18_100754_ General 1946-7_Vol_2
Agency: Department of War
Incident date: 12/30/47
Page 7
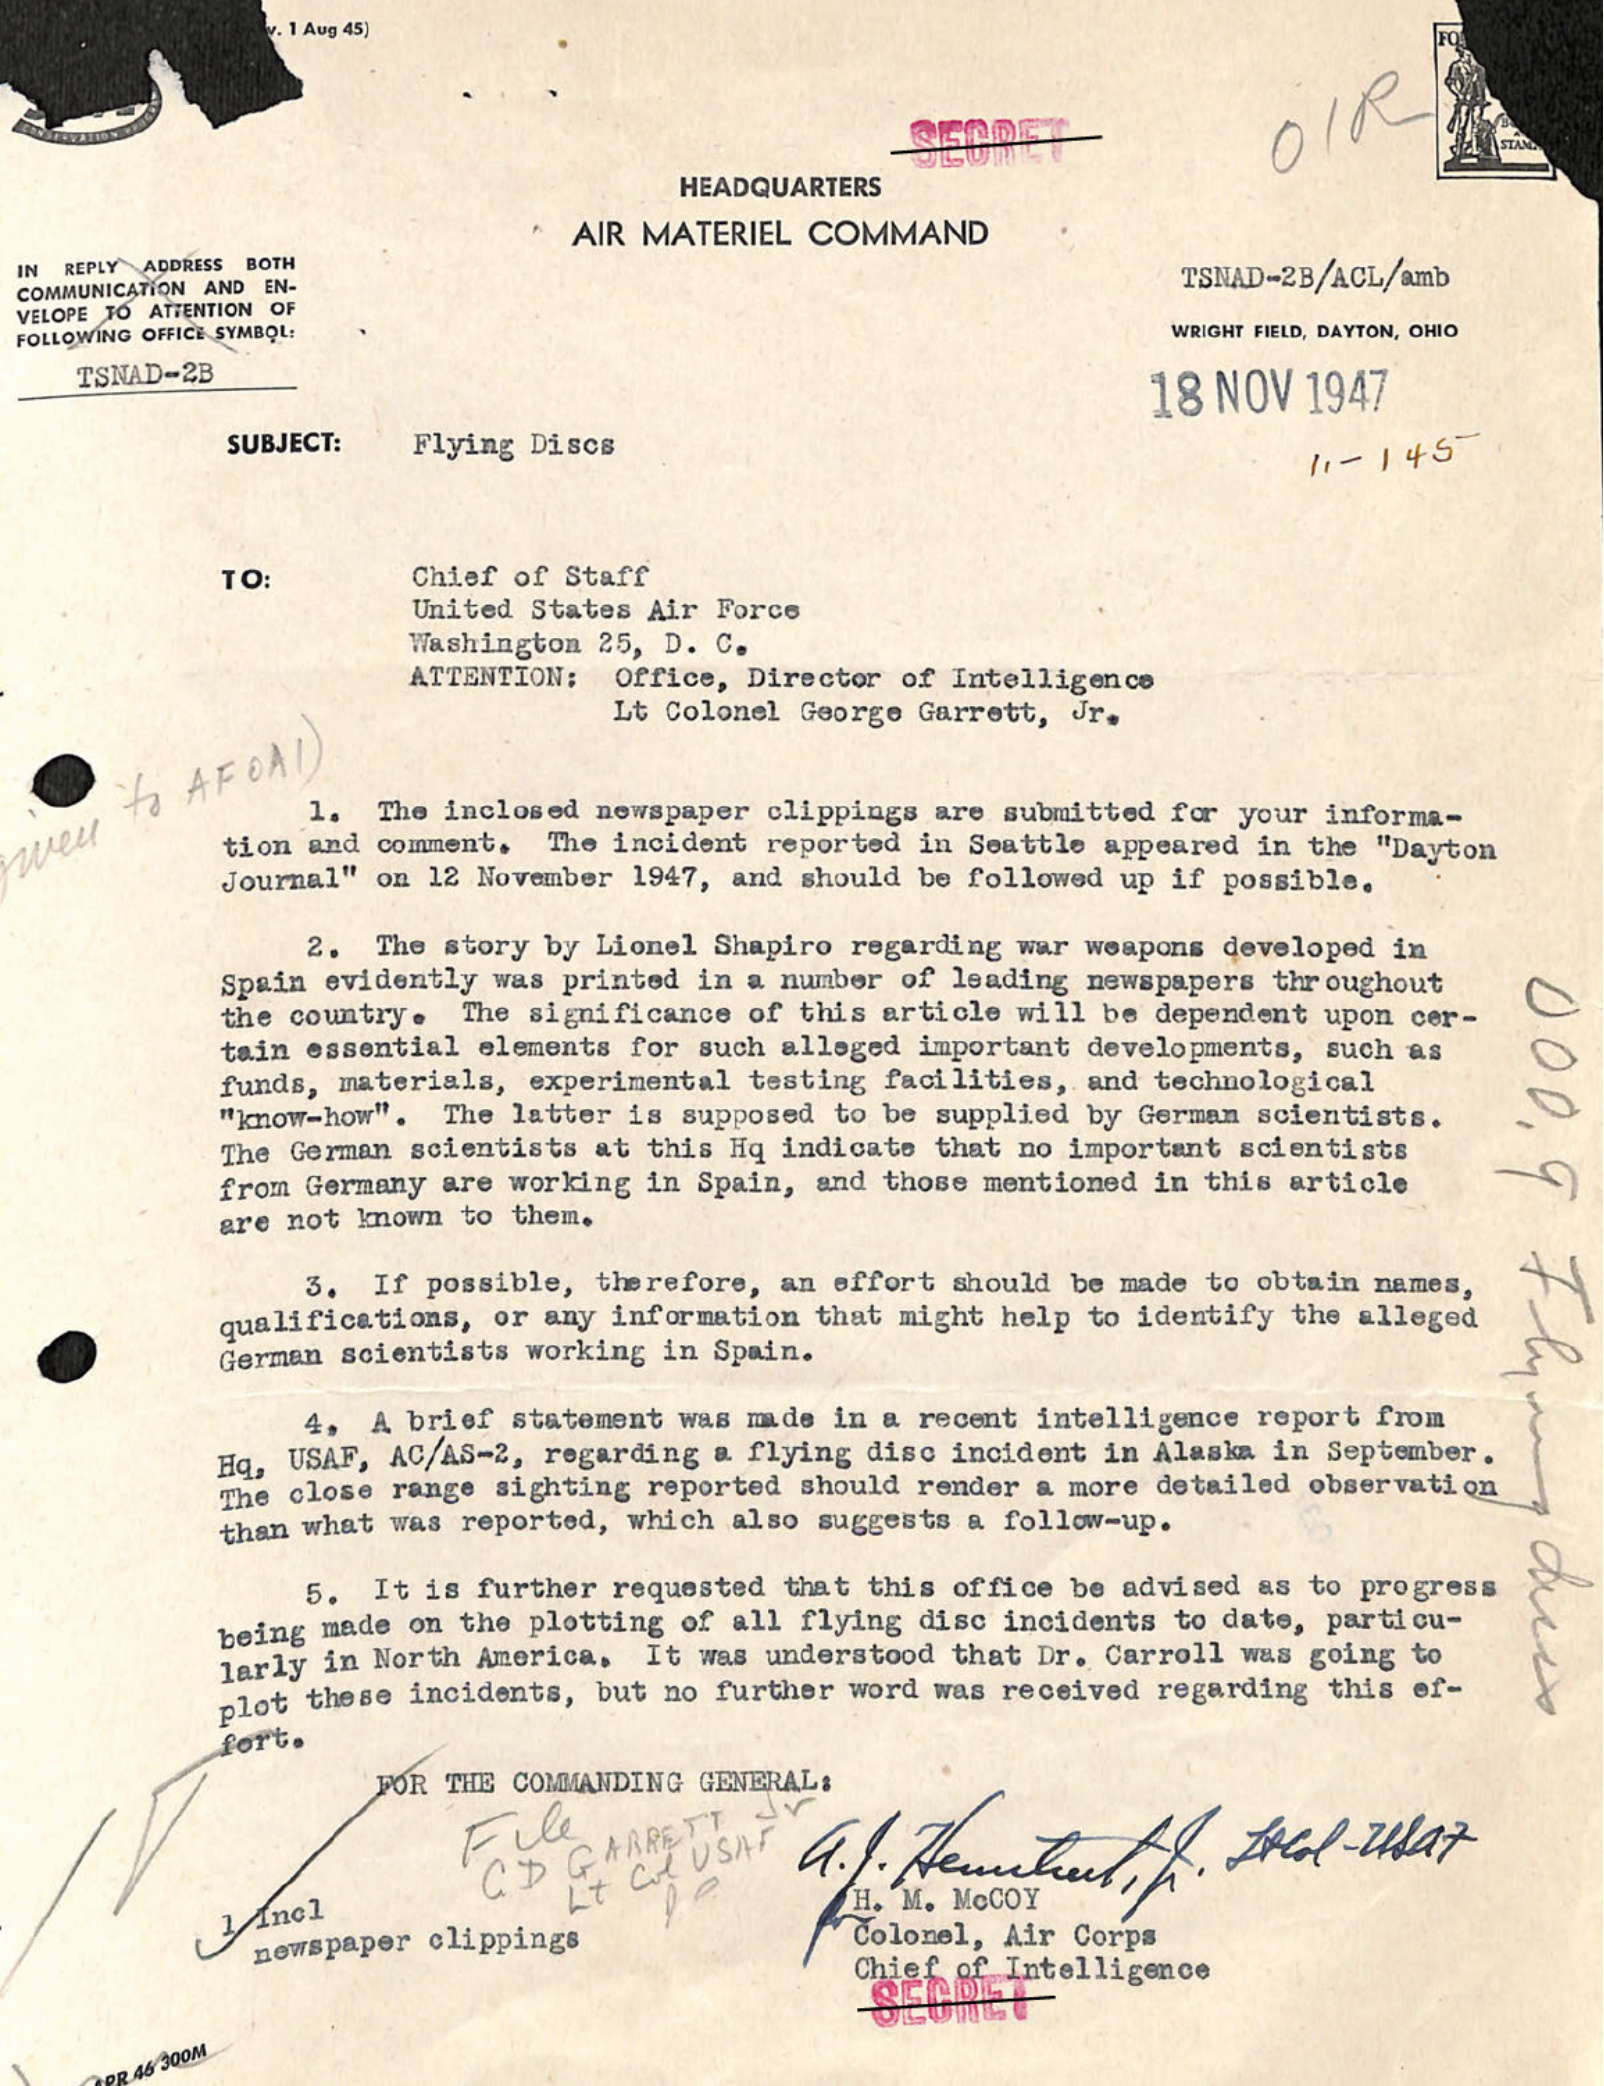